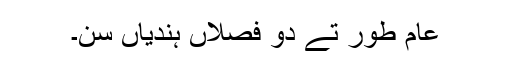
عام طور تے دو فصلاں ہُندیاں سن۔